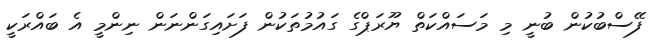
ފޭސްބުކުން ބުނީ މި މަސައްކަތް ޔޫރަޕްގެ ގައުމުތަކުން ފަށައިގަންނަން ނިންމީ އެ ބައްރަކީ